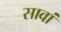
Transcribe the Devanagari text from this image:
सावां